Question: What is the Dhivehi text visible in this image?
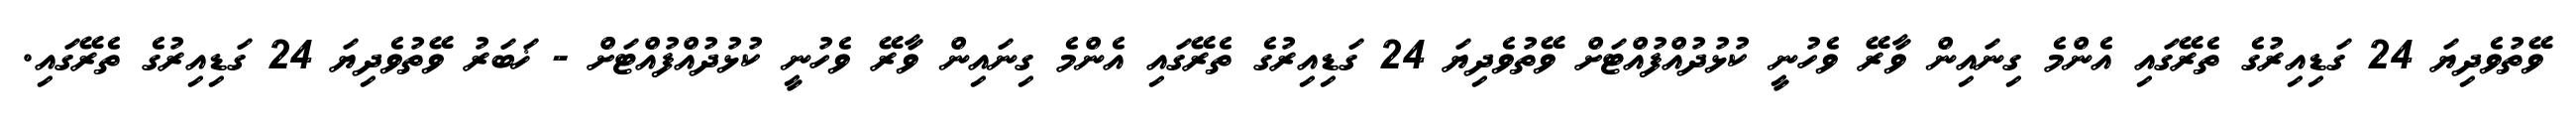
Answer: ވޭތުވެދިޔަ 24 ގަޑިއިރުގެ ތެރޭގައި އެންމެ ގިނައިން ވާރޭ ވެހުނީ ކުޅުދުއްފުއްޓަށް ވޭތުވެދިޔަ 24 ގަޑިއިރުގެ ތެރޭގައި އެންމެ ގިނައިން ވާރޭ ވެހުނީ ކުޅުދުއްފުއްޓަށް - ޚަބަރު ވޭތުވެދިޔަ 24 ގަޑިއިރުގެ ތެރޭގައި.